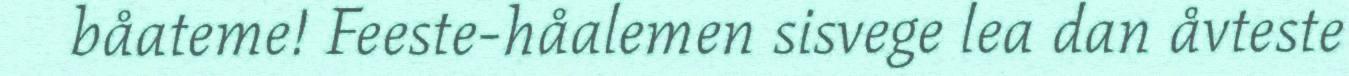
båateme! Feeste-håalemen sisvege lea dan åvteste